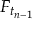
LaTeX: F _ { t _ { n - 1 } }